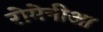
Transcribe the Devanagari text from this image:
रोमेनीआ